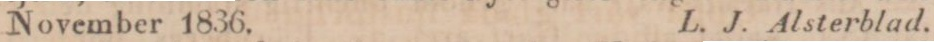
November 1836.    L. J. Alsterblad.